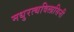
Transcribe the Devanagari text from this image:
मधुरत्थविलासिनी